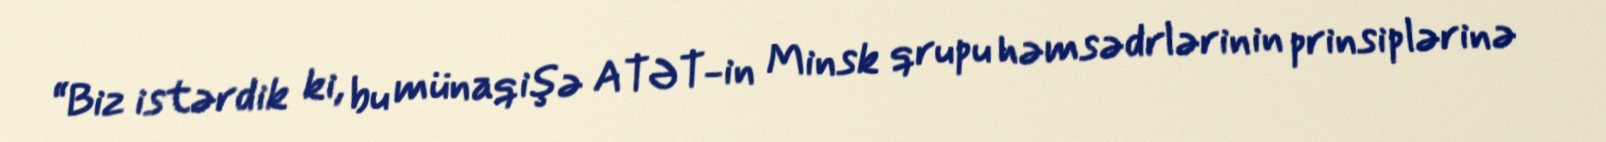
“Biz istərdik ki, bu münaqişə ATƏT-in Minsk qrupu həmsədrlərinin prinsiplərinə